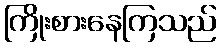
ကြိုးစားနေကြသည်